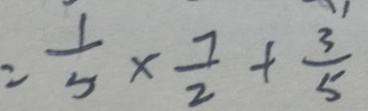
= \frac { 1 } { 5 } \times \frac { 7 } { 2 } + \frac { 3 } { 5 }